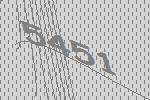
5451